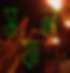
সফল্